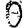
Digit: 0